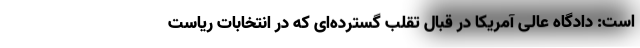
است: دادگاه عالی آمریکا در قبال تقلب گسترده‌ای که در انتخابات ریاست